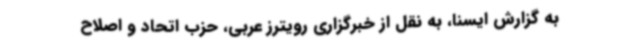
به گزارش ایسنا، به نقل از خبرگزاری رویترز عربی، حزب اتحاد و اصلاح